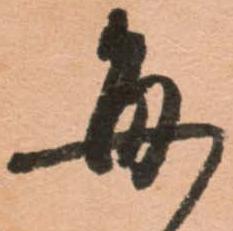
毎